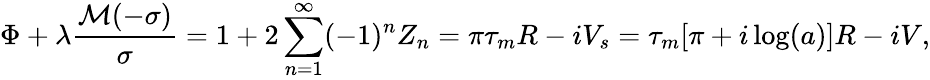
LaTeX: \Phi+\lambda\frac{\mathcal M(-\sigma)}\sigma=1+2\sum_{n=1}^{\infty}(-1)^{n}Z_{n}=\pi\tau_{m}R-iV_{s}=\tau_{m}[\pi+i\log(a)]R-iV,